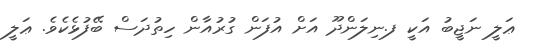
ޢަލީ ނަޖީބު އަކީ ފ.ނިލަންދޫ އަށް އުފަން ގުރުއާން ހިތުދަސް ބޭފުޅެކެވެ. ޢަލީ